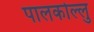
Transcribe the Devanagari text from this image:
पालकोल्लु